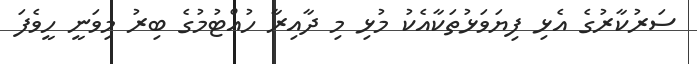
ސަރުކާރުގެ އެޅި ފިޔަވަޅުތަކާއެކު މުޅި މި ދާއިރާ ހުއްޓުމުގެ ބިރު މިވަނީ ހީވެފަ